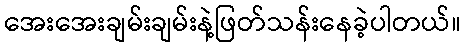
အေးအေးချမ်းချမ်းနဲ့ဖြတ်သန်းနေခဲ့ပါတယ်။